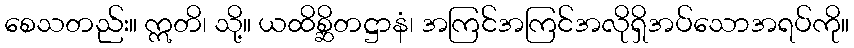
စေသတည်း။ ဣတိ၊ သို့။ ယထိစ္ဆိတဋ္ဌာနံ၊ အကြင်အကြင်အလိုရှိအပ်သောအရပ်ကို။